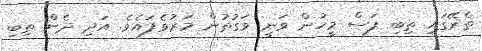
ތެރޭގައި ތިބި ފަސް މީހުން ވަނީ ވަގުތުން މަރުވެފައެވެ. އަދި ދެން ތިބި